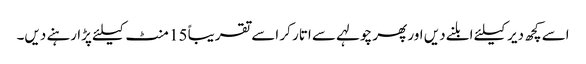
اسے کچھ دیر کیلئے ابلنے دیں اور پھر چولہے سے اتار کر اسے تقریباً 15 منٹ کیلئے پڑا رہنے دیں۔